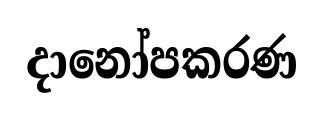
දානෝපකරණ